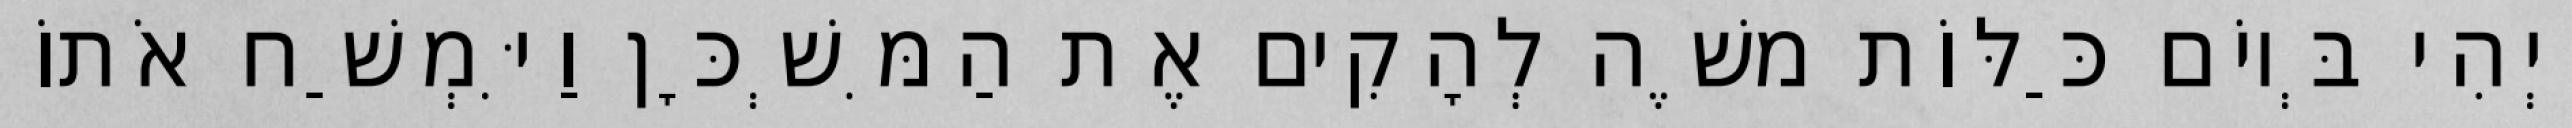
וַיְהִי בְּיוֹם כַּלּוֹת משֶׁה לְהָקִים אֶת הַמִּשְׁכָּן וַיִּמְשַׁח אֹתוֹ